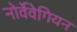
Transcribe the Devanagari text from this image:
नोर्वेवेगियन